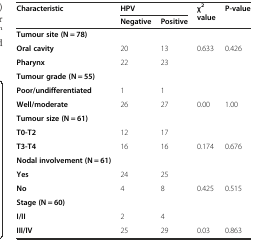
| <ROWSPAN=2> Characteristic | <COLSPAN=2> HPV | <ROWSPAN=2> χ2value | <ROWSPAN=2> P-value |
 | Negative | Positive |
 | --- | --- | --- | --- | --- |
 | Tumour site (N = 78) |  |  |  |  |
 | Oral cavity | 20 | 13 | 0.633 | 0.426 |
 | Pharynx | 22 | 23 |  |  |
 | Tumour grade (N = 55) |  |  |  |  |
 | Poor/undifferentiated | 1 | 1 |  |  |
 | Well/moderate | 26 | 27 | 0.00 | 1.00 |
 | Tumour size (N = 61) |  |  |  |  |
 | T0-T2 | 12 | 17 |  |  |
 | T3-T4 | 16 | 16 | 0.174 | 0.676 |
 | Nodal involvement (N = 61) |  |  |  |  |
 | Yes | 24 | 25 |  |  |
 | No | 4 | 8 | 0.425 | 0.515 |
 | Stage (N = 60) |  |  |  |  |
 | I/II | 2 | 4 |  |  |
 | III/IV | 25 | 29 | 0.03 | 0.863 |